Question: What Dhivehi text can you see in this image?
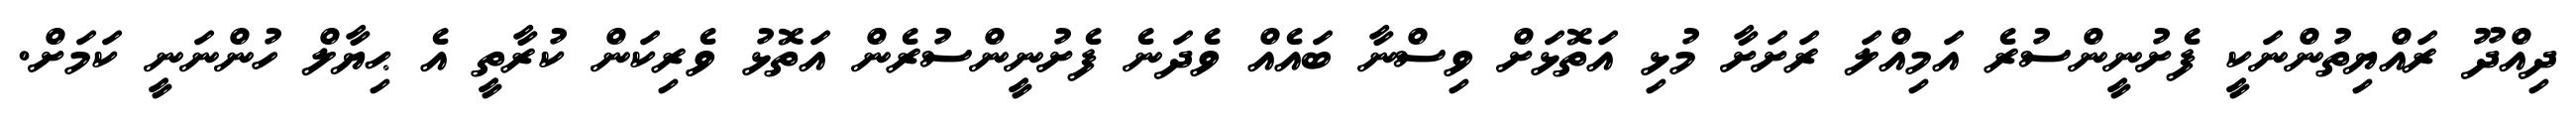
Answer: ދިއްދޫ ރައްޔިތުންނަކީ ފެށުނީންސުރެ އަމިއްލަ ރަށަށާ މުޅި އަތޮޅަށް ވިސްނާ ބައެއް ވެދަނެ ފެށުނީންސުރެން އަތޮޅު ވެރިކަން ކުރާތީ އެ ޙިޔާލް ހުންނަނީ ކަމަށް.